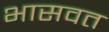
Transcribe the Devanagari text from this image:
भासवत